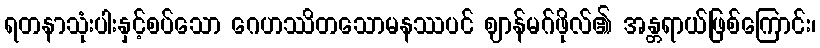
ရတနာသုံးပါးနှင့်စပ်သော ဂေဟဿိတသောမနဿပင် ဈာန်မဂ်ဖိုလ်၏ အန္တရာယ်ဖြစ်ကြောင်း၊